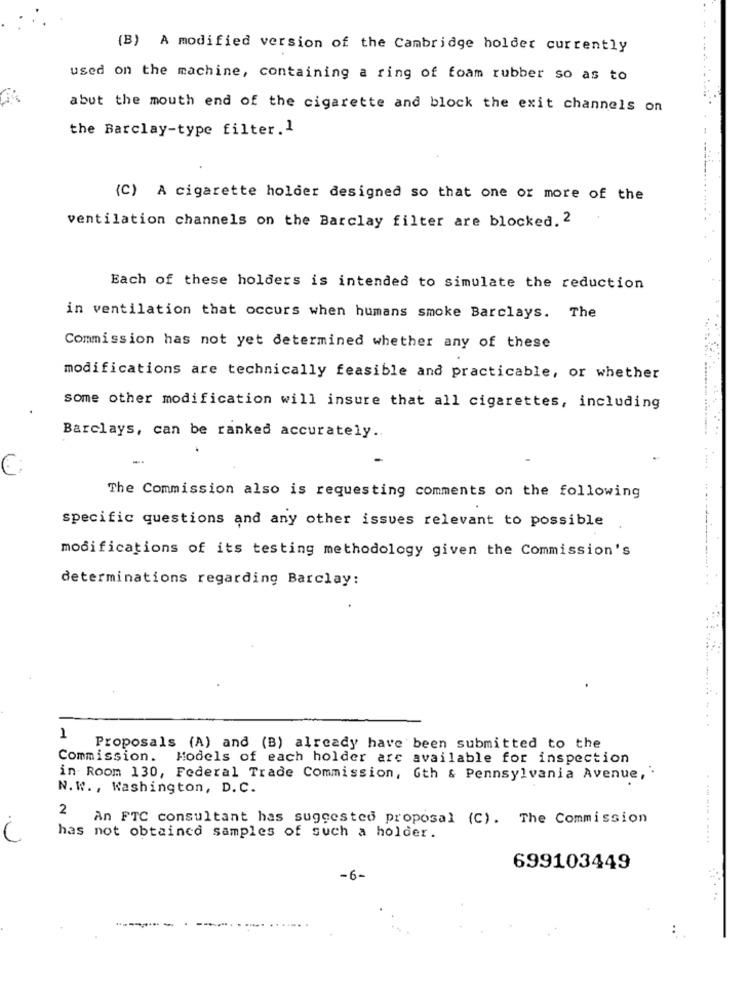
(B) A modified version of the Cambridge holdet currently
used on the machine, containing a ring of foam rubber so as to
abut the mouth end of the cigarette and block the exit channels on
the Barclay-type filter.1
(C) A cigarette holder designed so that one or more of the
ventilation channels on the Barclay filter are blocked. 2
Each of these holders is intended to simulate the reduction
in ventilation that occurs when humans smoke Barclays. The
Commission has not yet determined whether any of these
modifications are technically feasible and practicable, or whether
some other modification will insure that all cigarettes, including
Barclays, can be ranked accurately ..
The Commission also is requesting comments on the following
specific questions and any other issues relevant to possible
modifications of its testing methodology given the Commission's
determinations regarding Barclay:
1
Proposals (A) and (B) already have been submitted to the
Commission. Models of each holder are available for inspection
in Room 130, Federal Trade Commission, Gth & Pennsylvania Avenue, .
N. W ., Washington, D.C.
2
An FTC consultant has suggested proposal (C) . The Commission
has not obtaincd samples of such a holder.
699103449
-6-